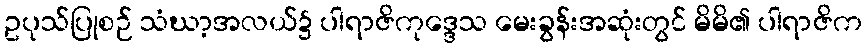
ဥပုသ်ပြုစဉ် သံဃာ့အလယ်၌ ပါရာဇိကုဒ္ဒေသ မေးခွန်းအဆုံးတွင် မိမိ၏ ပါရာဇိက